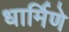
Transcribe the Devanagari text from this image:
धार्मिणे